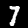
Digit: 7